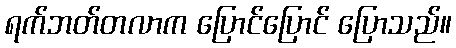
ရက်ဘတ်တလာက ပြောင်ပြောင် ပြောသည်။